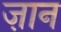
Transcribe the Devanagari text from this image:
ज़ान